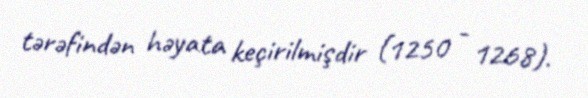
tərəfindən həyata keçirilmişdir (1250 - 1268).